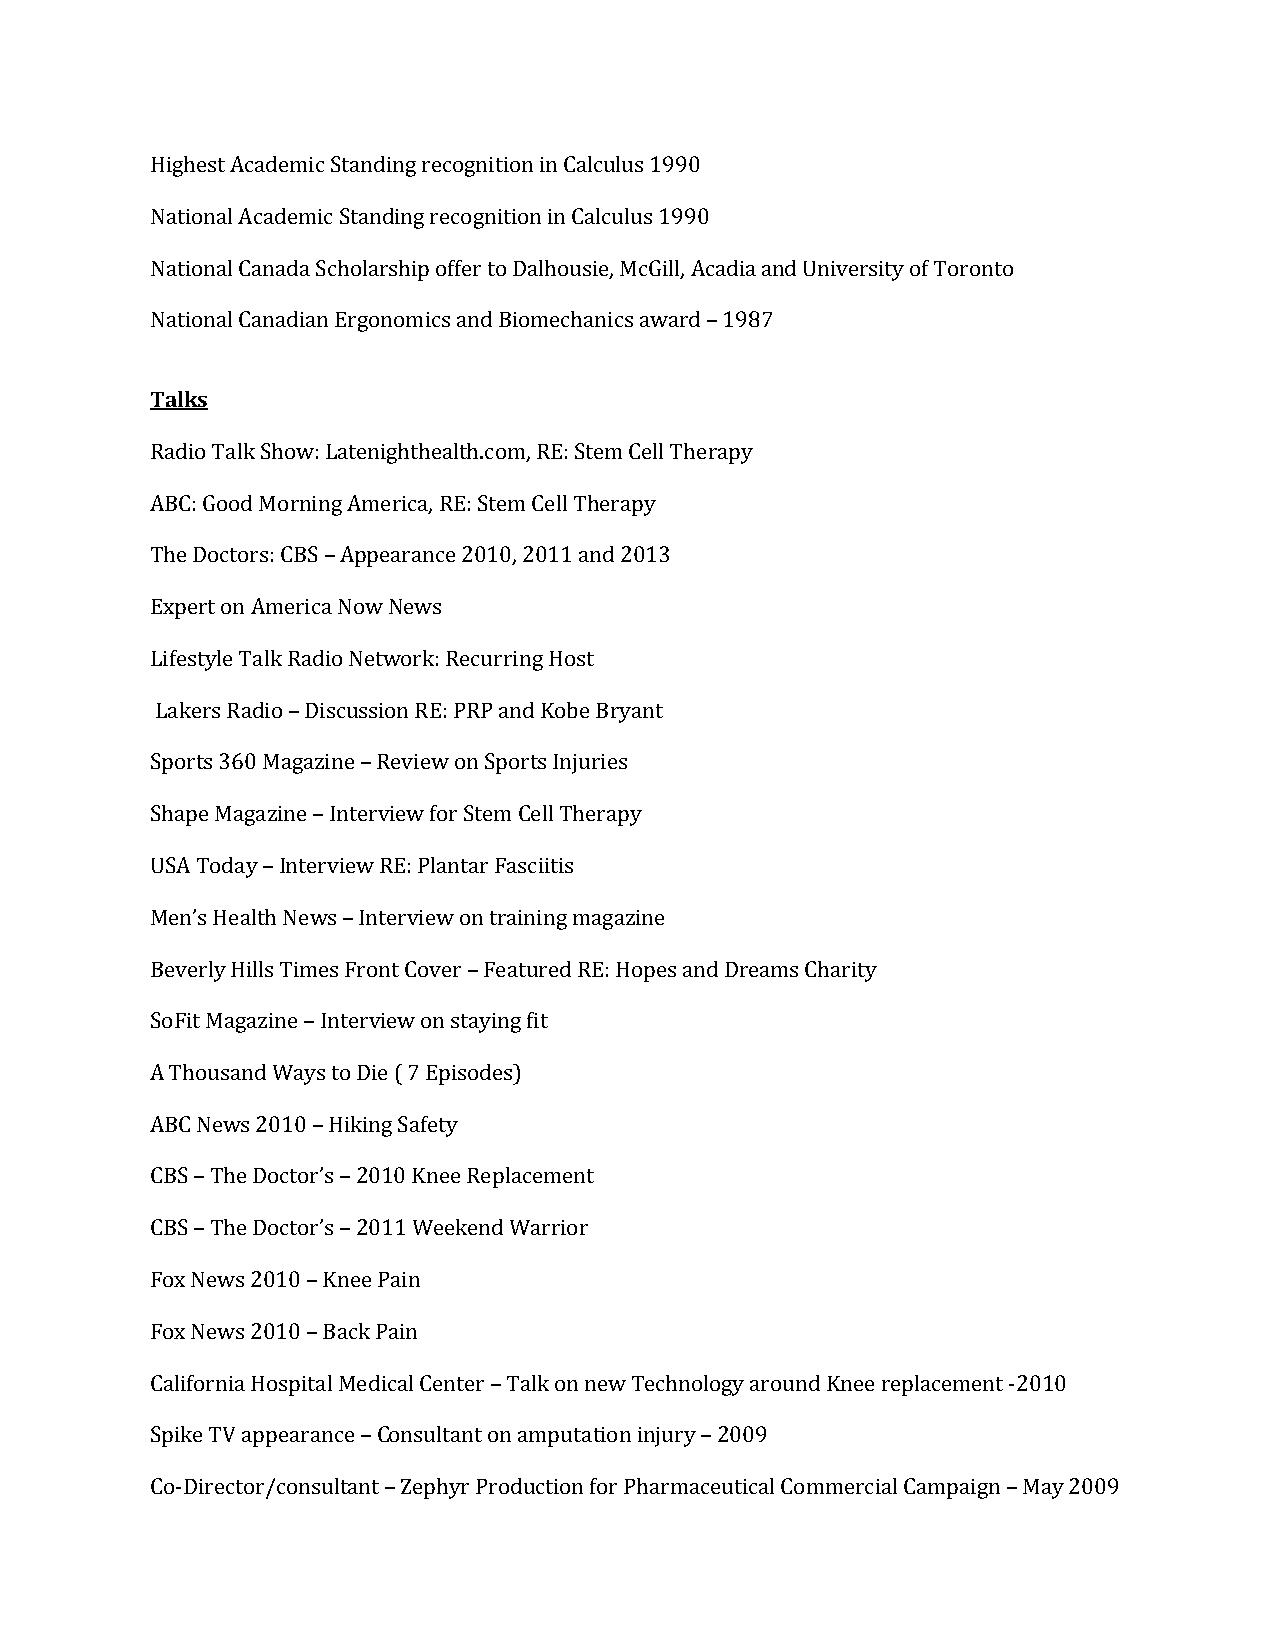
Highest Academic Standing recognition in Calculus 1990
 National Academic Standing recognition in Calculus 1990
 National Canada Scholarship offer to Dalhousie, McGill, Acadia and University of Toronto
 National Canadian Ergonomics and Biomechanics award – 1987
 Talks
 Radio Talk Show: Latenighthealth.com, RE: Stem Cell Therapy
 ABC: Good Morning America, RE: Stem Cell Therapy
 The Doctors: CBS – Appearance 2010, 2011 and 2013
 Expert on America Now News
 Lifestyle Talk Radio Network: Recurring Host
 Lakers Radio – Discussion RE: PRP and Kobe Bryant
 Sports 360 Magazine – Review on Sports Injuries
 Shape Magazine – Interview for Stem Cell Therapy
 USA Today – Interview RE: Plantar Fasciitis
 Men’s Health News – Interview on training magazine
 Beverly Hills Times Front Cover – Featured RE: Hopes and Dreams Charity
 SoFit Magazine – Interview on staying fit
 A Thousand Ways to Die ( 7 Episodes)
 ABC News 2010 – Hiking Safety
 CBS – The Doctor’s – 2010 Knee Replacement
 CBS – The Doctor’s – 2011 Weekend Warrior
 Fox News 2010 – Knee Pain
 Fox News 2010 – Back Pain
 California Hospital Medical Center – Talk on new Technology around Knee replacement -2010
 Spike TV appearance – Consultant on amputation injury – 2009
 Co-Director/consultant – Zephyr Production for Pharmaceutical Commercial Campaign – May 2009